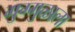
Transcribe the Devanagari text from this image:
गुग्गुळाला